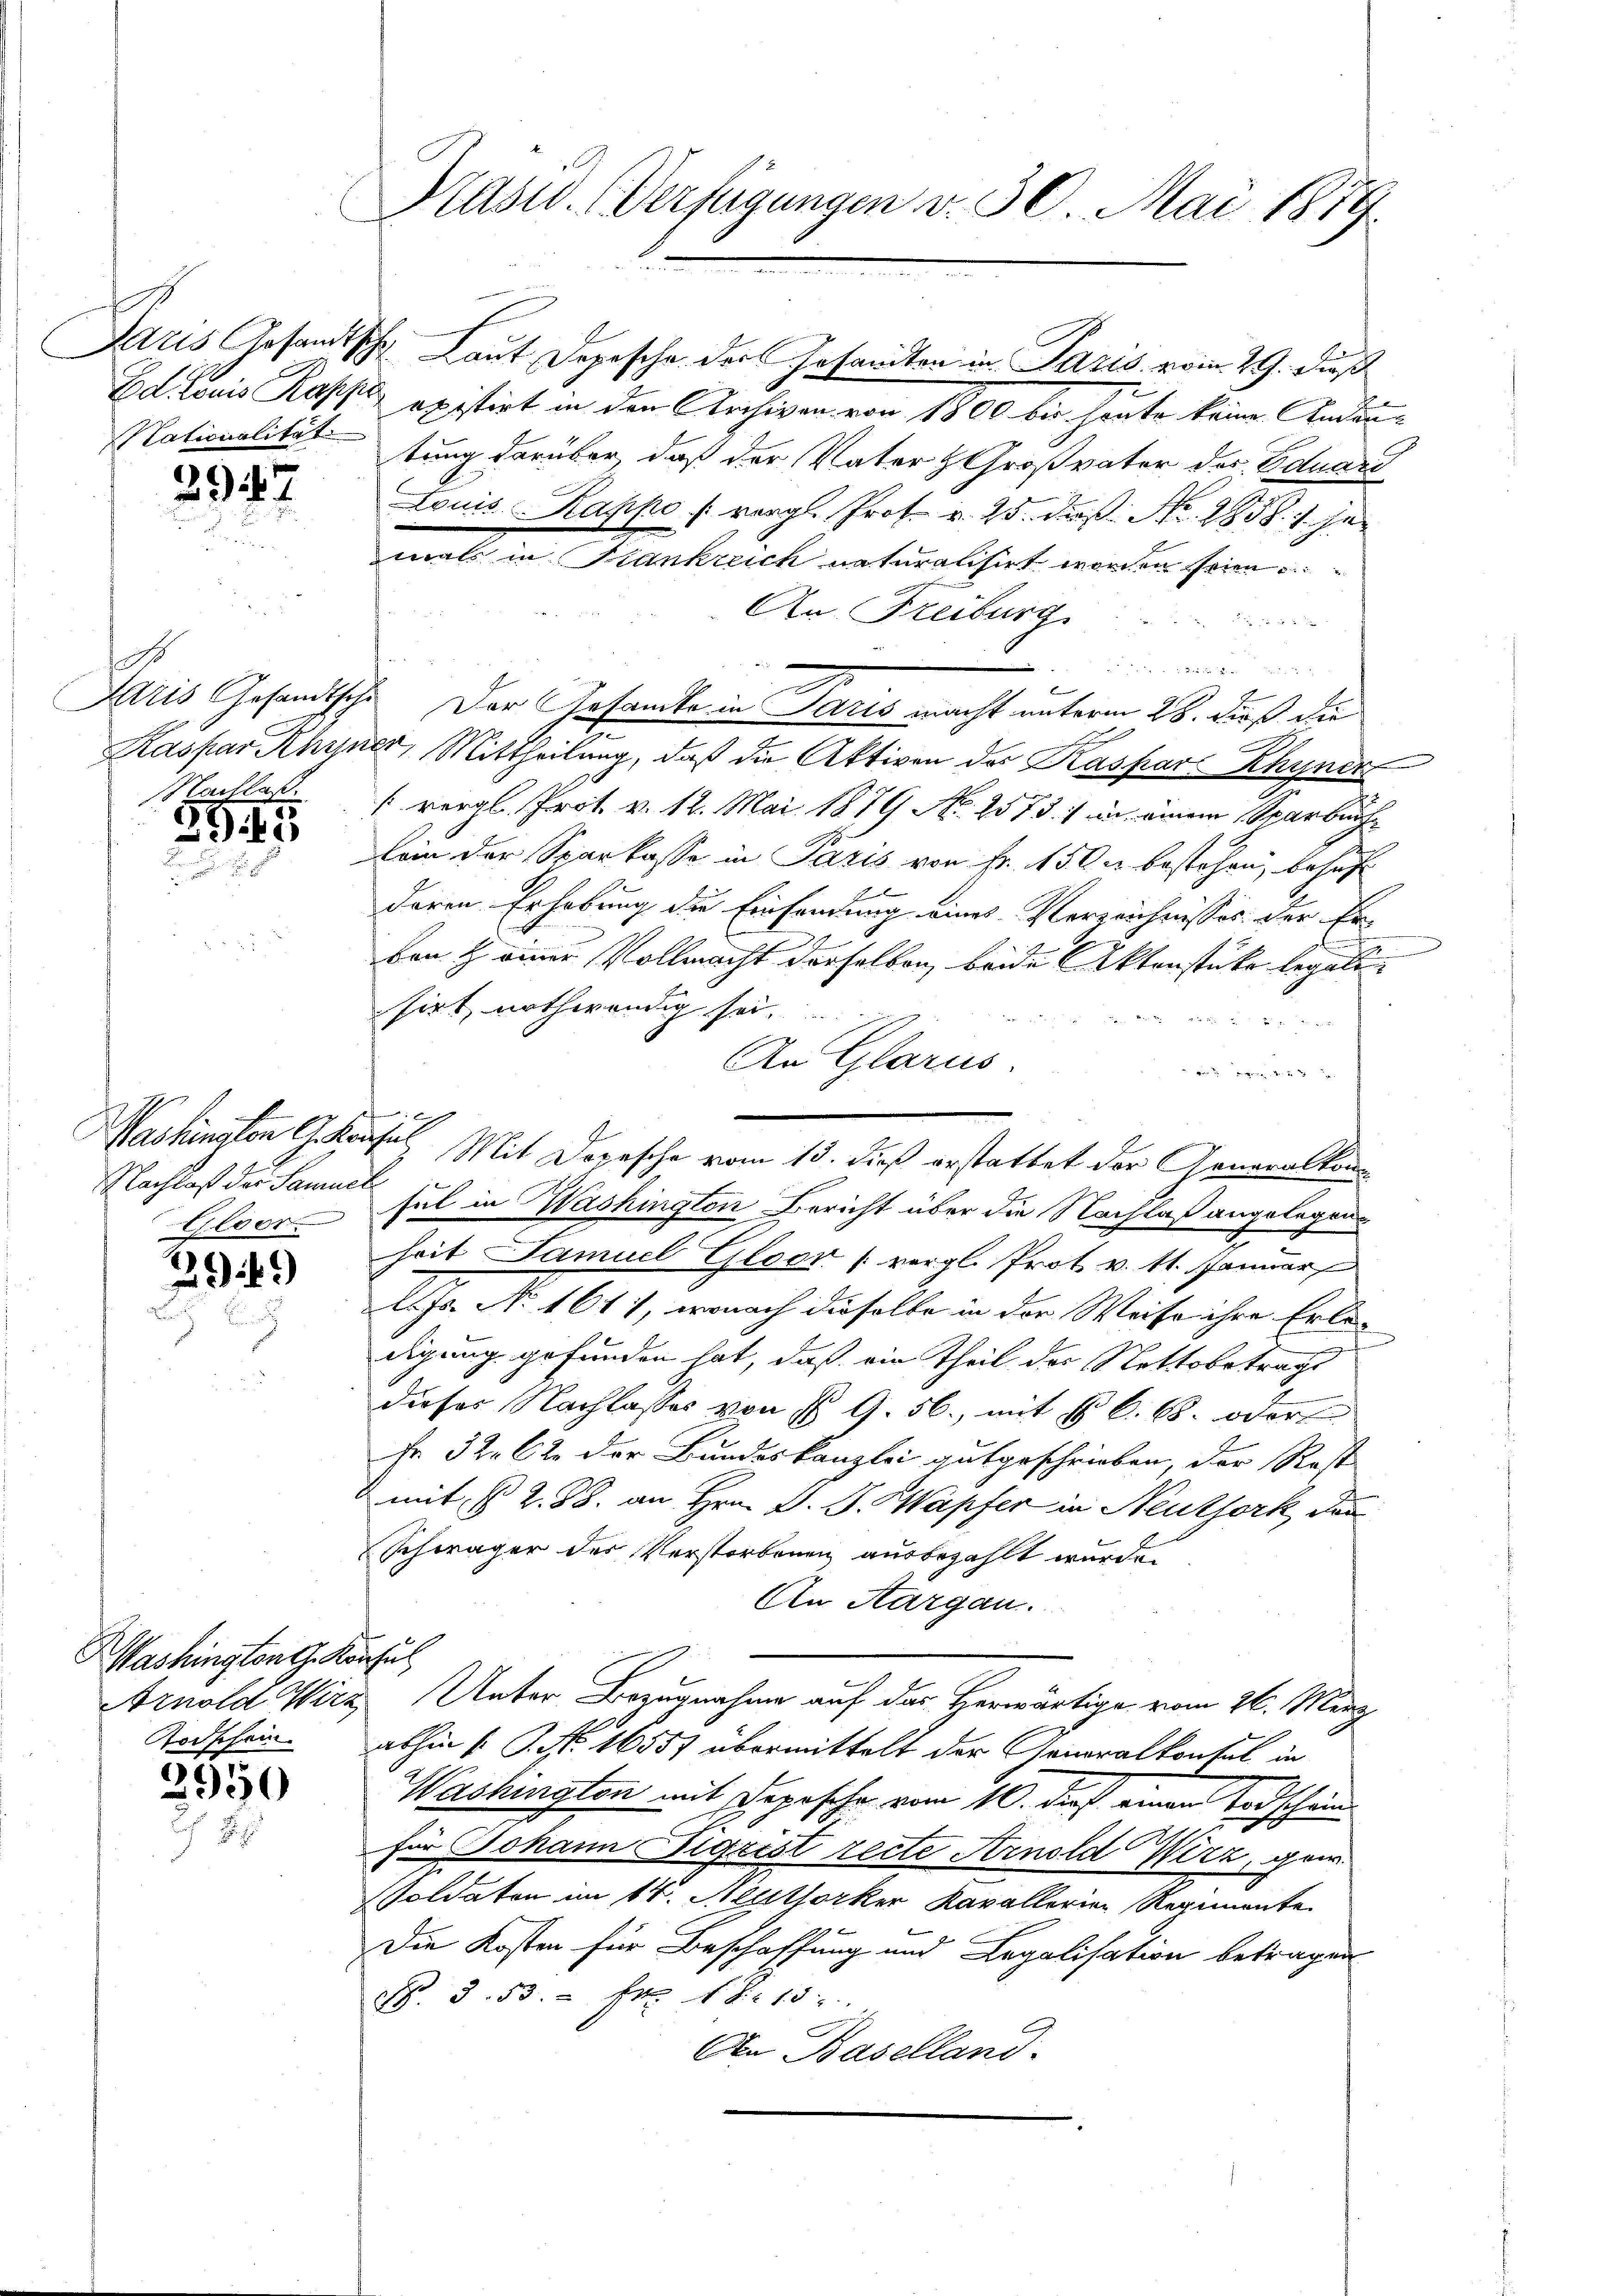
397

o

3943

Gloor

294)

Washington G. Konfus
Rodschein.

2950

Präsid. Verfügungen d. 30. Mai 1879.
C

Jaris Gesandtsche Laut Depesche der Gesandten in Paris vom 29. dieß
Ed. Louis Kappe existirt in den Archiven von 1800 bis heute keine Anden¬
Nationalitätstung darüber, daß der Vater Großvater des Eduard
Louis Rappo (vergl. Prof. v. 25. daß No. 1858.  je
mals in Krankreich naturalisirt worden seien
An Freiburg

Dris Gesandtsche. Der Gesandte in Paris macht unterm 28. dieß die
s
Kaspar Ahyner, Mittheilung, daß die Aktiven des Kaspars Rhyner
NNachlas vergl. Prot. v. 12. Mai 1879 No 2573. 1 an einem Sparbüche
koin der Sparkasse in Paris von Fr. 150. bestehen, behuf
deren Erhebung die Einsendung eines Verzeichnisses der Erben & einer Vollmacht derselben, beide Aktenstüke legale
sirt, nothwendig sei.
eden
g
An Glarus.

Washingten Gekonsul Mit Depesche vom 15. dieß erstattet der Generalkom
Nachlaß der Samuel sul in Washington Bericht über die Nachlaß angelegen
heit Samuel Gloor (vergl. Prot v. 11. Januar
l. Js. No 1611, wonach dieselbe in der Weise ihre Erle-
digung gefunden hat, daß ein Theil der Nettobetrags
dieser Nachlasses von § 9. 56., mit § 6. B. oder
Fr 32. 62 der Bundeskanzlei gutgeschrieben, der Rest
mit, N. Z. 88. an Hrn. D. J. Sapfer in Neuthork, das
Schwäger des Verstorbenen ausbezahlt wurde.
An Aargau.
Arnold Wirz, Unter Bezugnahme auf das Herwärtige vom 26. März
abhin (: P. Nr. 16557 übermittelt der Generalkonsul in
Washington mit Depesche vom 10. dieß einen Todschein
211 x
für Johann Figrist recte Arnold Wirz, gew
Voldaten im 14. Neuthorker Kavallerien Regimente
Die Kosten für Beschaffung und Legalisation betragen
N. 3. 53. - Fr. 18. 13.
An Baselland.